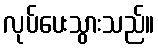
လုပ်ပေးသွားသည်။